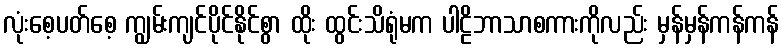
လုံးစေ့ပတ်စေ့ ကျွမ်းကျင်ပိုင်နိုင်စွာ ထိုး ထွင်းသိရုံမက ပါဠိဘာသာစကားကိုလည်း မှန်မှန်ကန်ကန်